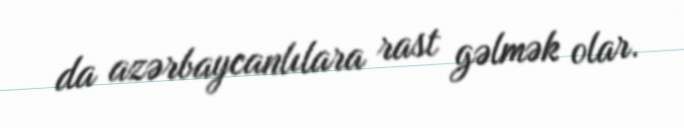
da azərbaycanlılara rast gəlmək olar.